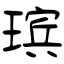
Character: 瑸